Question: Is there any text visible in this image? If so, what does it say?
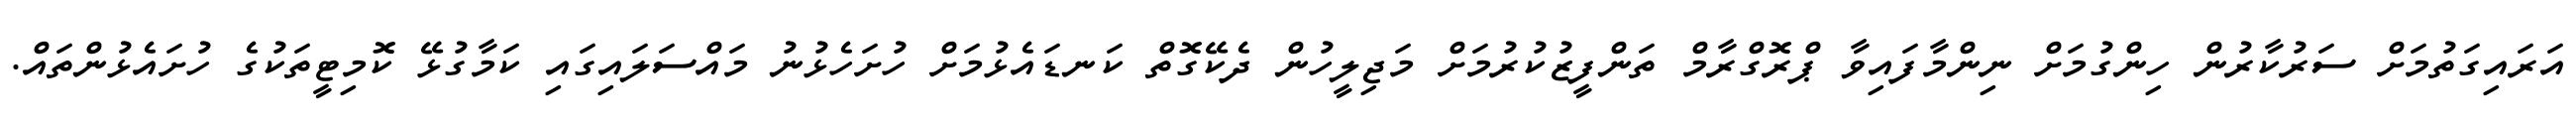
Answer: އަރައިގަތުމަށް ސަރުކާރުން ހިންގުމަށް ނިންމާފައިވާ ޕްރޮގްރާމް ތަންފީޒުކުރުމަށް މަޖިލީހުން ދެކޭގޮތް ކަނޑައެޅުމަށް ހުށަހެޅުނު މައްސަލައިގައި ކަމާގުޅޭ ކޮމިޓީތަކުގެ ހުށައެޅުންތައް.